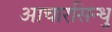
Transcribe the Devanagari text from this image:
आचारसिन्धु